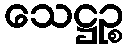
သေဋ္ဌဉ္စ